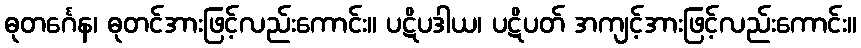
ဓုတင်္ဂေန၊ ဓုတင်အားဖြင့်လည်းကောင်း။ ပဋိပဒါယ၊ ပဋိပတ် အကျင့်အားဖြင့်လည်းကောင်း။